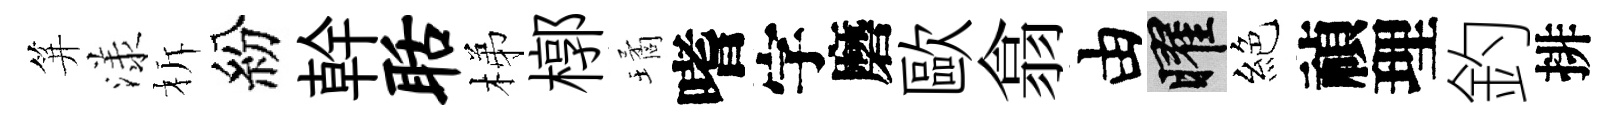
笄漾柝紛幹聒梯槨璚嗜字磨歐翕由曜絕禎理釣排